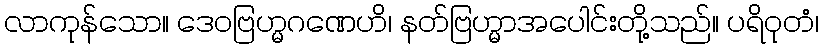
လာကုန်သော။ ဒေဝဗြဟ္မဂဏေဟိ၊ နတ်ဗြဟ္မာအပေါင်းတို့သည်။ ပရိဝုတံ၊